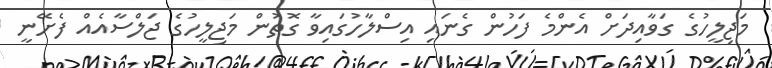
މަޖިލީހުގެ ގަވާއިދަށް އެންމެ ފަހުން ގެނައި އިސްލާހުގައިވާ ގޮތުން މަޖިލީހުގެ ޖަލްސާއެއް ފެށޭނީ